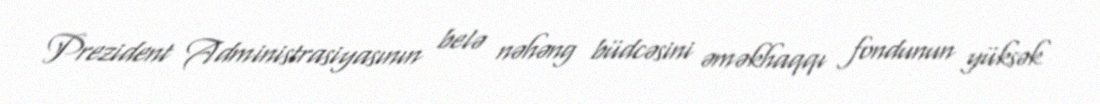
Prezident Administrasiyasının belə nəhəng büdcəsini əməkhaqqı fondunun yüksək